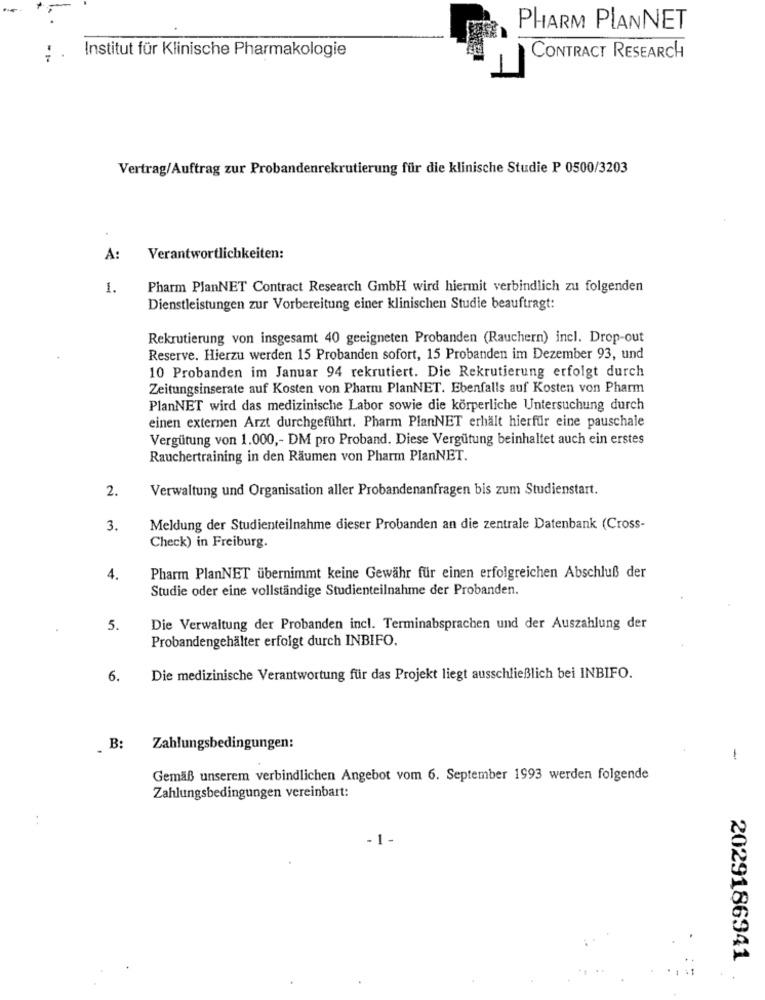
PHARM PLANNET
Institut für Klinische Pharmakologie
CONTRACT RESEARCH
Vertrag/Auftrag zur Probandenrekrutierung für die klinische Studie P 0500/3203
A:
Verantwortlichkeiten:
1.
Pharm PlanNET Contract Research GmbH wird hiermit verbindlich zu folgenden
Dienstleistungen zur Vorbereitung einer klinischen Studie beauftragt:
Rekrutierung von insgesamt 40 geeigneten Probanden (Rauchern) incl. Drop-out
Reserve. Hierzu werden 15 Probanden sofort, 15 Probanden im Dezember 93, und
10 Probanden im Januar 94 rekrutiert. Die Rekrutierung erfolgt durch
Zeitungsinserate auf Kosten von Pharm PlanNET. Ebenfalls auf Kosten von Pharm
PlanNET wird das medizinische Labor sowie die körperliche Untersuchung durch
einen externen Arzt durchgeführt. Pharm PlanNET erhält hierfür eine pauschale
Vergütung von 1.000 ,- DM pro Proband. Diese Vergütung beinhaltet auch ein erstes
Rauchertraining in den Räumen von Pharm PlanNET.
2.
Verwaltung und Organisation aller Probandenanfragen bis zum Studienstart.
3.
Meldung der Studienteilnahme dieser Probanden an die zentrale Datenbank (Cross-
Check) in Freiburg.
4.
Pharm PlanNET übernimmt keine Gewähr für einen erfolgreichen Abschluß der
Studie oder eine vollständige Studienteilnahme der Probanden.
5.
Die Verwaltung der Probanden incl. Terminabsprachen und der Auszahlung der
Probandengehälter erfolgt durch INBIFO.
6.
Die medizinische Verantwortung für das Projekt liegt ausschließlich bei INBIFO.
. B:
Zahlungsbedingungen:
-
Gemäß unserem verbindlichen Angebot vom 6. September 1993 werden folgende
Zahlungsbedingungen vereinbart:
. .
- 1 -
2029186941